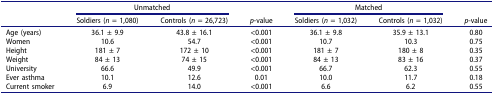
|  | <COLSPAN=2> Unmatched |  | <COLSPAN=2> Matched |  |
 |  | Soldiers (n = 1,080) | Controls (n = 26,723) | p-value | Soldiers (n = 1,032) | Controls (n = 1,032) | p-value |
 | --- | --- | --- | --- | --- | --- | --- |
 | Age (years) | 36.1 ± 9.9 | 43.8 ± 16.1 | <0.001 | 36.1 ± 9.8 | 35.9 ± 13.1 | 0.80 |
 | Women | 10.6 | 54.7 | <0.001 | 10.7 | 10.3 | 0.75 |
 | Height | 181 ± 7 | 172 ± 10 | <0.001 | 181 ± 7 | 180 ± 8 | 0.35 |
 | Weight | 84 ± 13 | 74 ± 15 | <0.001 | 84 ± 13 | 83 ± 16 | 0.37 |
 | University | 66.6 | 49.9 | <0.001 | 66.7 | 62.3 | 0.55 |
 | Ever asthma | 10.1 | 12.6 | 0.01 | 10.0 | 11.7 | 0.18 |
 | Current smoker | 6.9 | 14.0 | <0.001 | 6.6 | 6.2 | 0.55 |